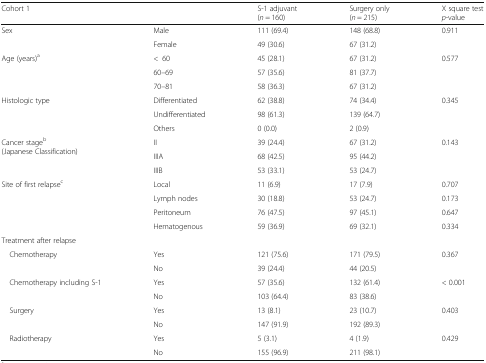
<table><thead><tr><td colspan="2"><b>Cohort 1</b></td><td><b>S-1 adjuvant(<i>n</i> = 160)</b></td><td><b>Surgery only(<i>n</i> = 215)</b></td><td><b>Χ square test<i>p</i>-value</b></td></tr></thead><tbody><tr><td rowspan="2">Sex</td><td>Male</td><td>111 (69.4)</td><td>148 (68.8)</td><td rowspan="2">0.911</td></tr><tr><td>Female</td><td>49 (30.6)</td><td>67 (31.2)</td></tr><tr><td rowspan="3">Age (years)<sup>a</sup></td><td>&lt;60</td><td>45 (28.1)</td><td>67 (31.2)</td><td rowspan="3">0.577</td></tr><tr><td>60–69</td><td>57 (35.6)</td><td>81 (37.7)</td></tr><tr><td>70–81</td><td>58 (36.3)</td><td>67 (31.2)</td></tr><tr><td rowspan="3">Histologic type</td><td>Differentiated</td><td>62 (38.8)</td><td>74 (34.4)</td><td rowspan="3">0.345</td></tr><tr><td>Undifferentiated</td><td>98 (61.3)</td><td>139 (64.7)</td></tr><tr><td>Others</td><td>0 (0.0)</td><td>2 (0.9)</td></tr><tr><td rowspan="3">Cancer stage<sup>b</sup>(Japanese Classification)</td><td>II</td><td>39 (24.4)</td><td>67 (31.2)</td><td rowspan="3">0.143</td></tr><tr><td>IIIA</td><td>68 (42.5)</td><td>95 (44.2)</td></tr><tr><td>IIIB</td><td>53 (33.1)</td><td>53 (24.7)</td></tr><tr><td rowspan="4">Site of first relapse<sup>c</sup></td><td>Local</td><td>11 (6.9)</td><td>17 (7.9)</td><td>0.707</td></tr><tr><td>Lymph nodes</td><td>30 (18.8)</td><td>53 (24.7)</td><td>0.173</td></tr><tr><td>Peritoneum</td><td>76 (47.5)</td><td>97 (45.1)</td><td>0.647</td></tr><tr><td>Hematogenous</td><td>59 (36.9)</td><td>69 (32.1)</td><td>0.334</td></tr><tr><td colspan="5">Treatment after relapse</td></tr><tr><td rowspan="2"> Chemotherapy</td><td>Yes</td><td>121 (75.6)</td><td>171 (79.5)</td><td rowspan="2">0.367</td></tr><tr><td>No</td><td>39 (24.4)</td><td>44 (20.5)</td></tr><tr><td rowspan="2"> Chemotherapy including S-1</td><td>Yes</td><td>57 (35.6)</td><td>132 (61.4)</td><td rowspan="2">&lt; 0.001</td></tr><tr><td>No</td><td>103 (64.4)</td><td>83 (38.6)</td></tr><tr><td rowspan="2"> Surgery</td><td>Yes</td><td>13 (8.1)</td><td>23 (10.7)</td><td rowspan="2">0.403</td></tr><tr><td>No</td><td>147 (91.9)</td><td>192 (89.3)</td></tr><tr><td rowspan="2"> Radiotherapy</td><td>Yes</td><td>5 (3.1)</td><td>4 (1.9)</td><td rowspan="2">0.429</td></tr><tr><td>No</td><td>155 (96.9)</td><td>211 (98.1)</td></tr></tbody></table>